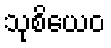
သုစိယေဝ